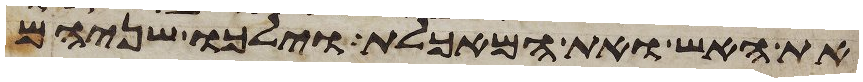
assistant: את האש ואת המאכלת וילכו שניהם